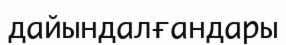
дайындалғандары